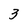
Character: 3